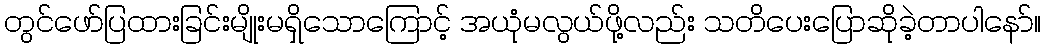
တွင်ဖော်ပြထားခြင်းမျိုးမရှိသောကြောင့် အယုံမလွယ်ဖို့လည်း သတိပေးပြောဆိုခဲ့တာပါနော်။